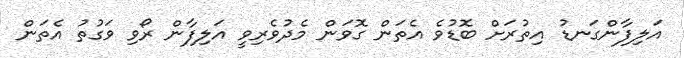
އަލިފާންގަނޑު އިތުރަށް ބޮޑުވެ އެތަން ގޮވަން މެދުވެރިވީ އަލިފާން ރޯވި ވަގުތު އެތަން